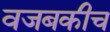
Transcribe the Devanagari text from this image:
वजबकीच